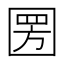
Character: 圐